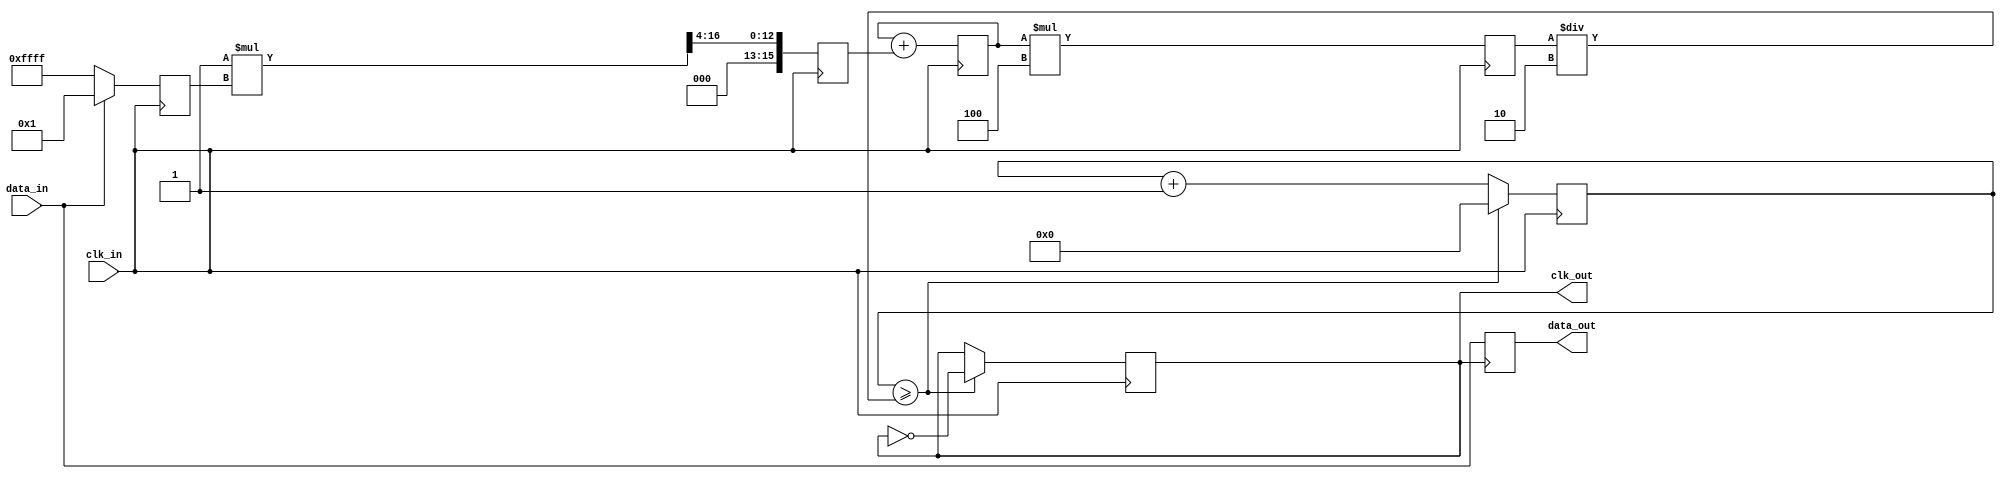
module pll_synchronizer (
    input wire clk_in,           // Incoming clock signal
    input wire data_in,          // Incoming data signal
    output reg data_out,         // Synchronized data output
    output reg clk_out           // Output clock signal from VCO
);
    
    // Parameters for the PLL
    parameter VCO_GAIN = 4;      // Gain for the VCO
    parameter LOOP_FILTER_GAIN = 1; // Gain for the loop filter
    parameter CLK_DIV = 2;        // Clock divider factor

    // Internal signals
    reg [15:0] phase_error;       // Phase error signal
    reg [15:0] control_voltage;    // Control voltage for VCO
    reg [15:0] vco_frequency;      // Frequency control for VCO
    reg [15:0] loop_filter;        // Loop filter output
    reg [15:0] vco_counter;        // Counter for VCO clock generation
    reg vco_lock;                 // Lock status of the VCO

    // Phase Detector
    always @(posedge clk_in) begin
        // Simple phase error calculation (this is a stub for demonstration)
        phase_error <= data_in ? 16'h0001 : 16'hFFFF; // Example phase difference
    end

    // Loop Filter
    always @(posedge clk_in) begin
        loop_filter <= (LOOP_FILTER_GAIN * phase_error) >> 4; // Low-pass filter
        control_voltage <= control_voltage + loop_filter; // Integrate error to control voltage
    end

    // Voltage-Controlled Oscillator (VCO)
    always @(posedge clk_in) begin
        vco_frequency <= control_voltage * VCO_GAIN; // Adjust frequency based on control voltage
        vco_counter <= vco_counter + 1;

        // Generate VCO clock signal
        if (vco_counter >= (vco_frequency / CLK_DIV)) begin
            clk_out <= ~clk_out; // Toggle the output clock
            vco_counter <= 0; // Reset counter
        end
    end

    // Data Synchronizer
    always @(posedge clk_out) begin
        data_out <= data_in; // Sample data on VCO clock edge
    end

    // Lock detection (simplified)
    always @(posedge clk_in) begin
        vco_lock <= (phase_error == 0); // Example condition for lock
    end

endmodule